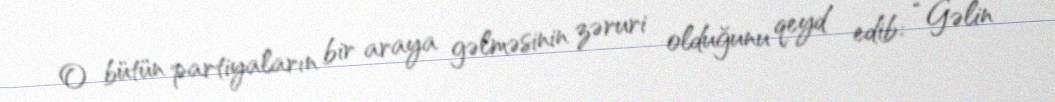
O bütün partiyaların bir araya gəlməsinin zəruri olduğunu qeyd edib: “Gəlin